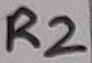
Text: R2